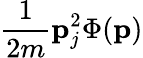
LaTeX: \frac{1}{2m}\mathbf{p}_{j}^{2}\Phi(\mathbf{p})